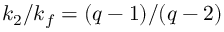
k _ { 2 } / k _ { f } = ( q - 1 ) / ( q - 2 )